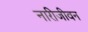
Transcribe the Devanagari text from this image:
नारीजीवन